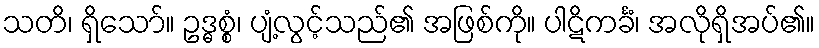
သတိ၊ ရှိသော်။ ဥဒ္ဓစ္စံ၊ ပျံ့လွင့်သည်၏ အဖြစ်ကို။ ပါဋိကင်္ခံ၊ အလိုရှိအပ်၏။